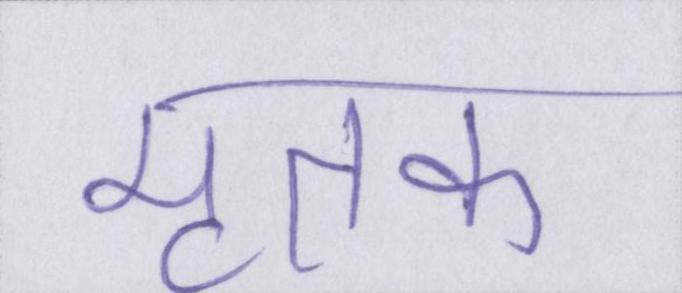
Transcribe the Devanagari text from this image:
मृतक